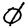
Digit: 0